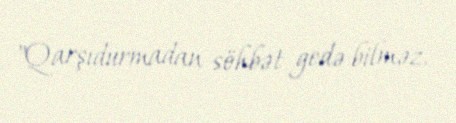
"Qarşıdurmadan söhbət gedə bilməz.